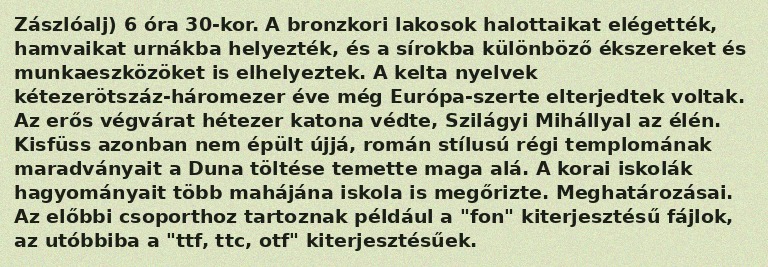
Zászlóalj) 6 óra 30-kor. A bronzkori lakosok halottaikat elégették, hamvaikat urnákba helyezték, és a sírokba különböző ékszereket és munkaeszközöket is elhelyeztek. A kelta nyelvek kétezerötszáz-háromezer éve még Európa-szerte elterjedtek voltak. Az erős végvárat hétezer katona védte, Szilágyi Mihállyal az élén. Kisfüss azonban nem épült újjá, román stílusú régi templomának maradványait a Duna töltése temette maga alá. A korai iskolák hagyományait több mahájána iskola is megőrizte. Meghatározásai. Az előbbi csoporthoz tartoznak például a "fon" kiterjesztésű fájlok, az utóbbiba a "ttf, ttc, otf" kiterjesztésűek.